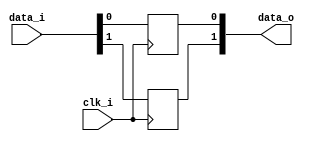
module bsg_dff_width_p2_harden_p1
(
  clk_i,
  data_i,
  data_o
);

  input [1:0] data_i;
  output [1:0] data_o;
  input clk_i;
  wire [1:0] data_o;
  reg data_o_1_sv2v_reg,data_o_0_sv2v_reg;
  assign data_o[1] = data_o_1_sv2v_reg;
  assign data_o[0] = data_o_0_sv2v_reg;

  always @(posedge clk_i) begin
    if(1'b1) begin
      data_o_1_sv2v_reg <= data_i[1];
    end 
  end


  always @(posedge clk_i) begin
    if(1'b1) begin
      data_o_0_sv2v_reg <= data_i[0];
    end 
  end


endmodule